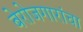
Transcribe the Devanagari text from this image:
बेरोजगारांचा